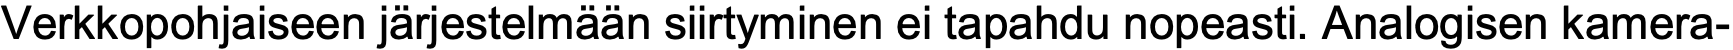
Verkkopohjaiseen järjestelmään siirtyminen ei tapahdu nopeasti. Analogisen kamera-